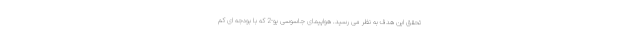
تحقق این هدف به نظر می رسید. هواپیمای جاسوسی یو-2 که با بودجه ای کم